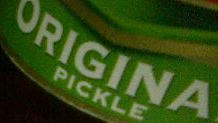
ORIGINA